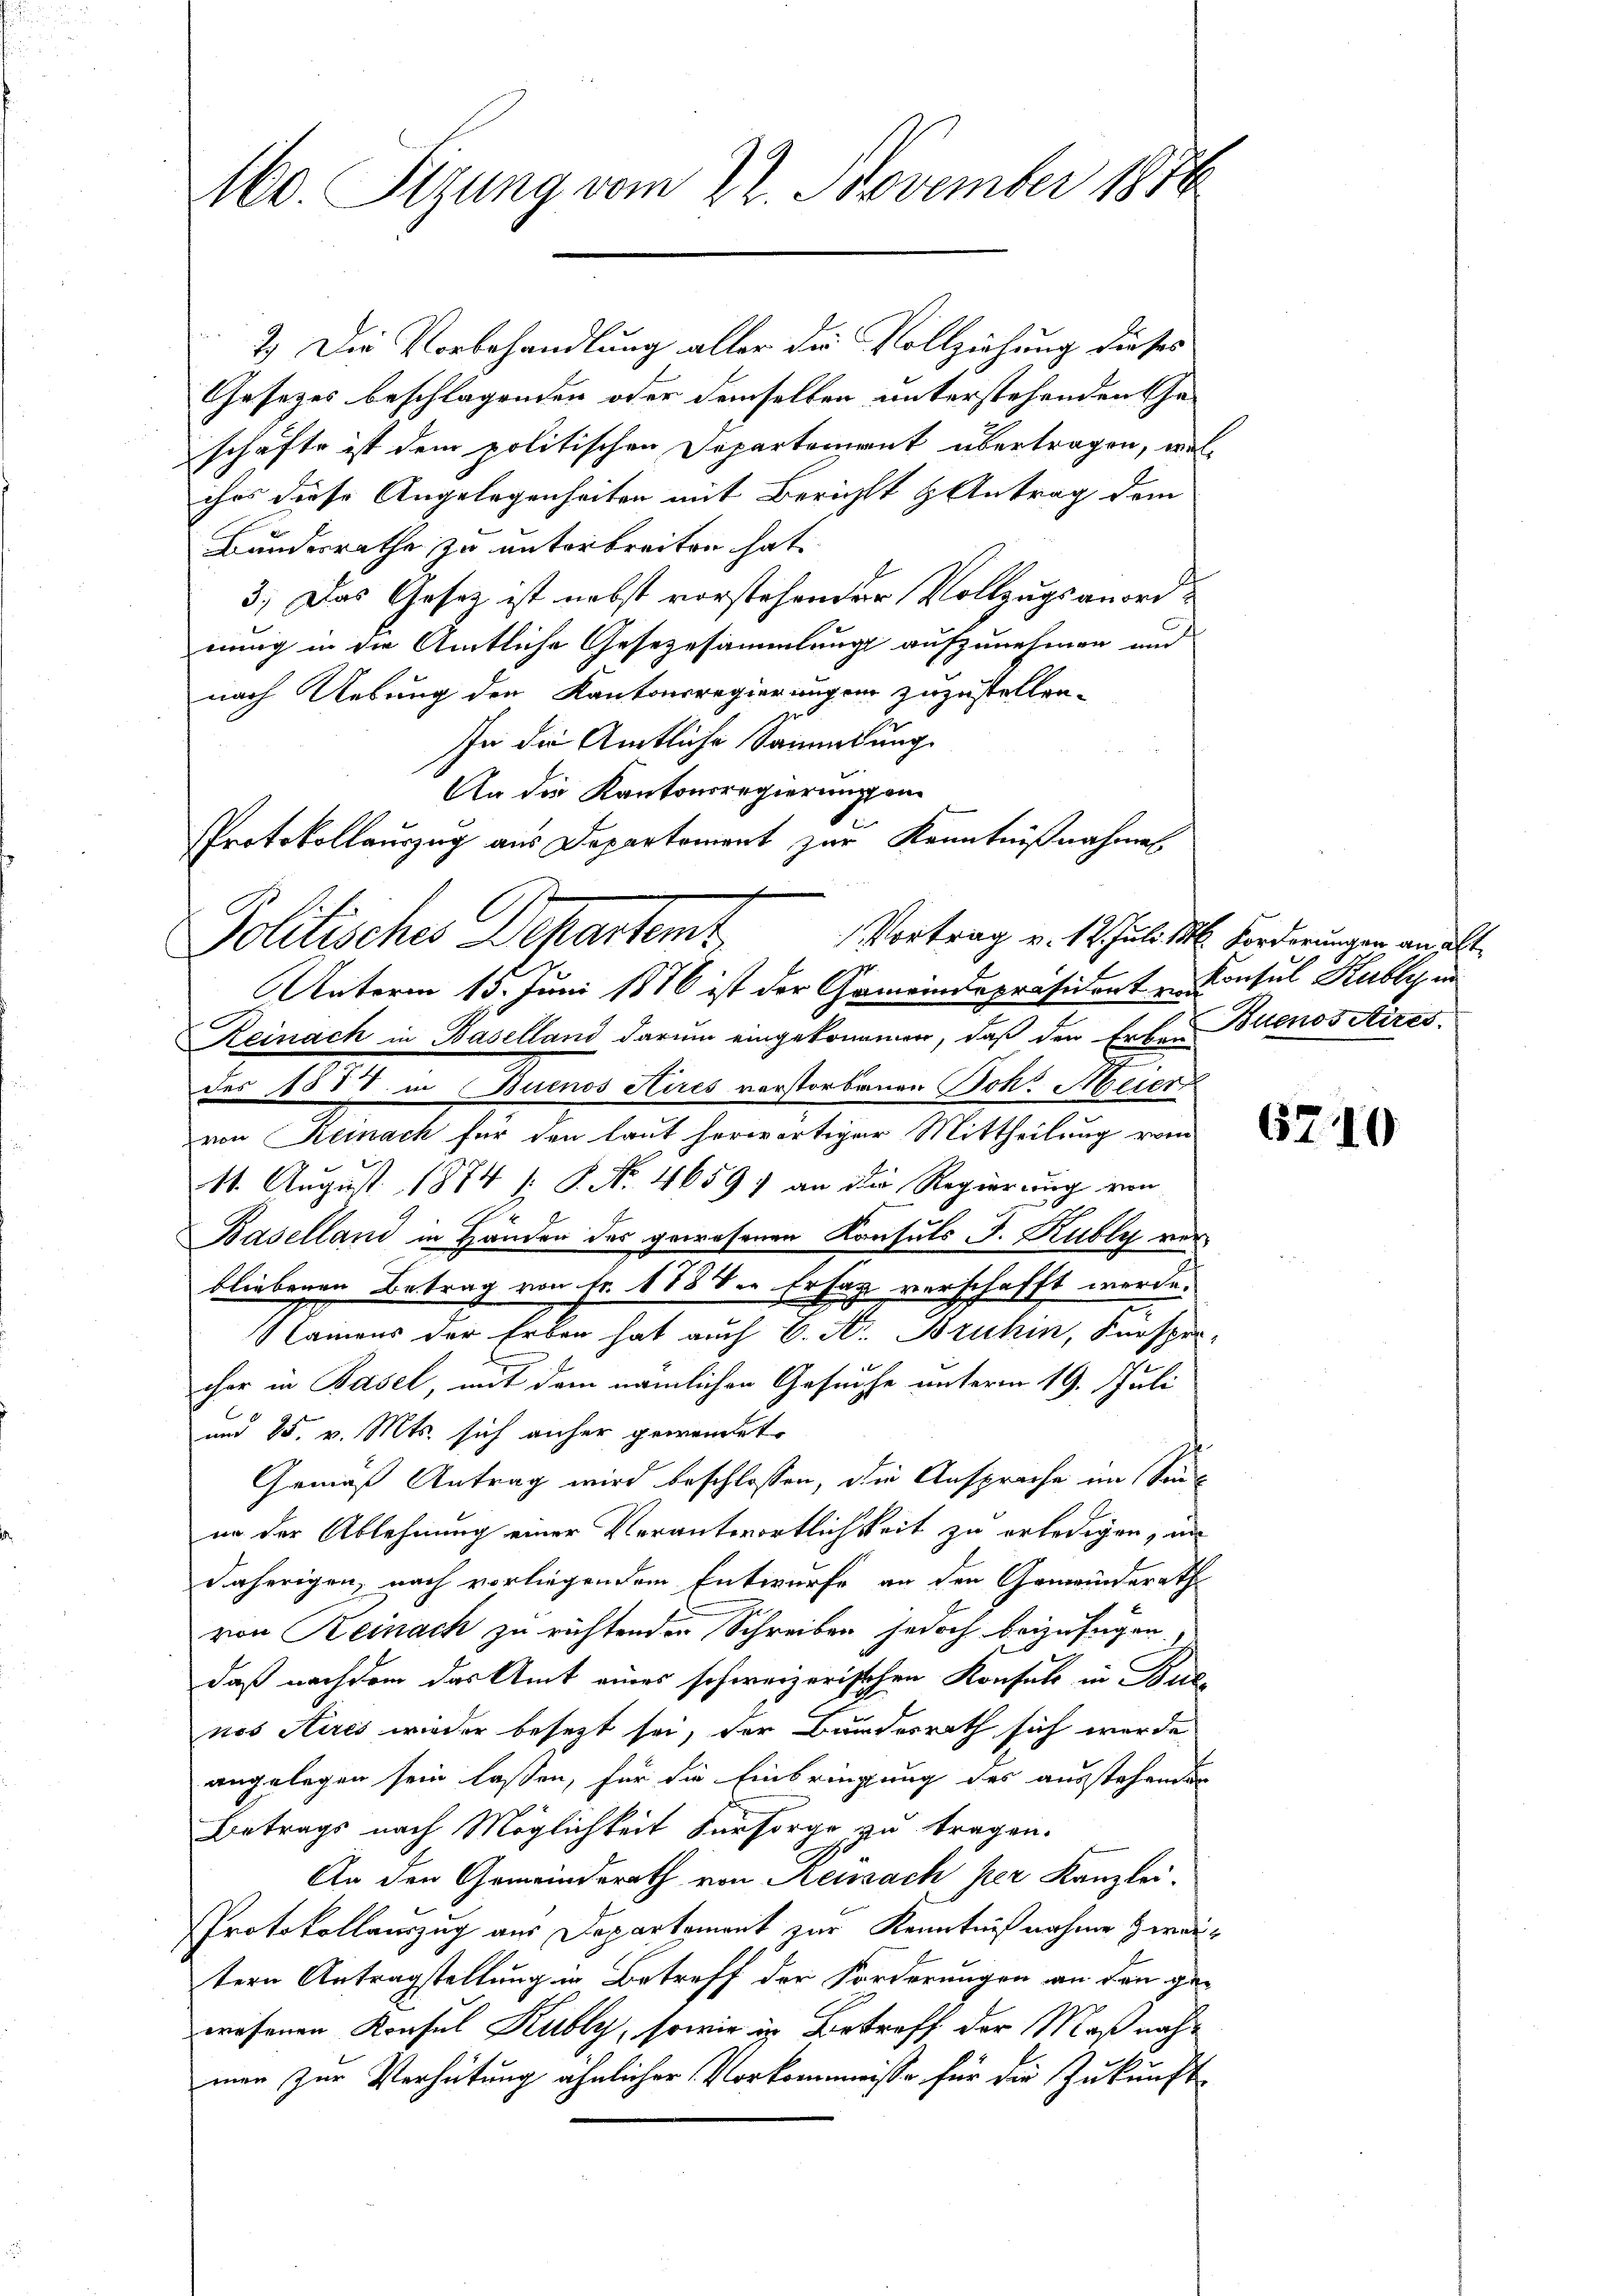
Mo. Sizung vom 22. November 1874.

2). Die Vorbehandlung aller die Vollziehung dieses
Gesetzes beschlagenden oder demselben unterstehenden Cha-
schäfte ist dem politischen Departement übertragen, wel-
ches diese Angelegenheiten mit Berichts & Antrag dem
Bundesrathe zu unterbreiten hat.
3.) Das Gesetz ist nebst vorstehender Vollzugsanordnung in die Amtliche Gesezesammlung aufzunehmen und
nach Uebung den Kantonsregierungen zuzustellen.
In die Amtliche Sammlung
An die Kantonsregierung ein
l
Politisches chartemt
Unterm 15. Juni 1876 ist der Gemeindepräsidenten Consul Kubles in
Reinach in Baselland darum eingekommen, daß den Erben Buenos Aires.
des 1888 in Buenos Aires verstorbenen Boh. Meier
von Kemnach für den laut herwärtiger Mittheilung vom
11. August 1874 (: P. Nr. 46597 an die Regierung von
Baselland in Händen der gewesenen Konsuls J. Kubly verbliebenen Betrag von Fr. 1834. Er sag verschafft werde.
kamens der Erben hat auch S. Nr. Bruhin, Fürsper-
cher in Basel, mit dem nämlichen Gesuche unterm 19. Juli
und 25. v. Mts. sich anher gewendet.
Gemäß Antrag wird beschlossen, die Ansprache im Sinin der Ablehnung einer Verantwortlichkeit zu erledigen, an
daherigen, nach vorliegendem Entwurfe an den Gemeinderath
von Reinach zu richtenden Schreiben jedoch beizufügen.
daß nachdem das Amt eines schweizerischen Konsuls in Buc
nos Aires wieder besezt sei, der Bundesrath sich werde
angelegen sein lassen, für die Einbringung des ausstehenden
Betrags nach Möglichkeit Versorge zu tragen.
An den Gemeinderath von Reussach per Kanzlei-
Protokollauszug aus Departement zur Kenntnißnahme Herautern Antragstellung in Betreff der Forderungen an den gewesenen Konsul Kubly, sowie in Betreff der Maßnahmen zur Verhütung ähnlicher Vorkommnisse für die Zukunft

PProtokollauszug aus Departement zur Kenntnißnahmal
Vortrag v. 12. Juli 1886. Forderungen an et¬

6740